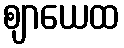
ဈာယေထ